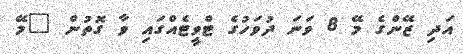
އަދި ޒޭންގެ މޭ 8 ވަނަ ދުވަހުގެ ޓްވީޓެއްގައި ވާ ގޮތުން "މޭ